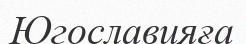
Югославияға